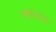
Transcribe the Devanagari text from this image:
वारटाइम